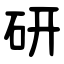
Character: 研